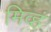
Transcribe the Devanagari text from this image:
मिव्हं